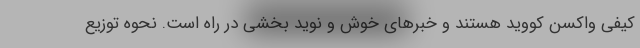
کیفی واکسن کووید هستند و خبرهای خوش و نوید بخشی در راه است. نحوه توزیع